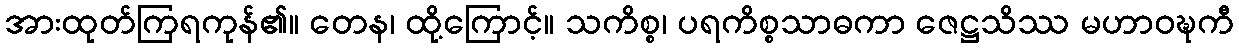
အားထုတ်ကြရကုန်၏။ တေန၊ ထို့ကြောင့်။ သကိစ္စ၊ ပရကိစ္စသာဓကာ ဇေဋ္ဌသိဿ မဟာဝဍ္ဎကီ